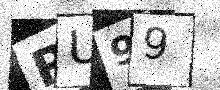
Text: RU99